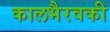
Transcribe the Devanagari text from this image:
कालभैरवकी